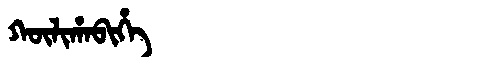
Manchu: ᡴᡡᠯᡳᡥᠠᠪᡳᡥᡝ
Romanization: KŪLIHABIHE